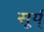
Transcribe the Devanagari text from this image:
सूर्य्